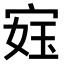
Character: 𫳙